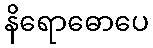
နိရောဓောပေ